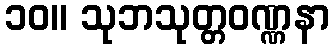
၁၀။ သုဘသုတ္တဝဏ္ဏနာ